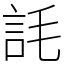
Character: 䚽